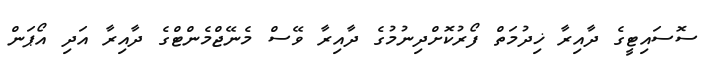
ސޮސައިޓީގެ ދާއިރާ ޚިދުމަތް ފޯރުކޮށްދިނުމުގެ ދާއިރާ ވޭސް މެނޭޖްމެންޓްގެ ދާއިރާ އަދި އޯޕަން